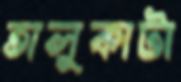
তালুকাটা